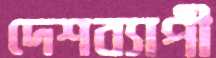
দেশব্যাপী